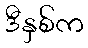
ဒီနှစ်က